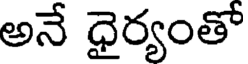
అనే ధైర్యంతో